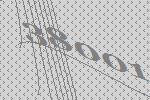
38001